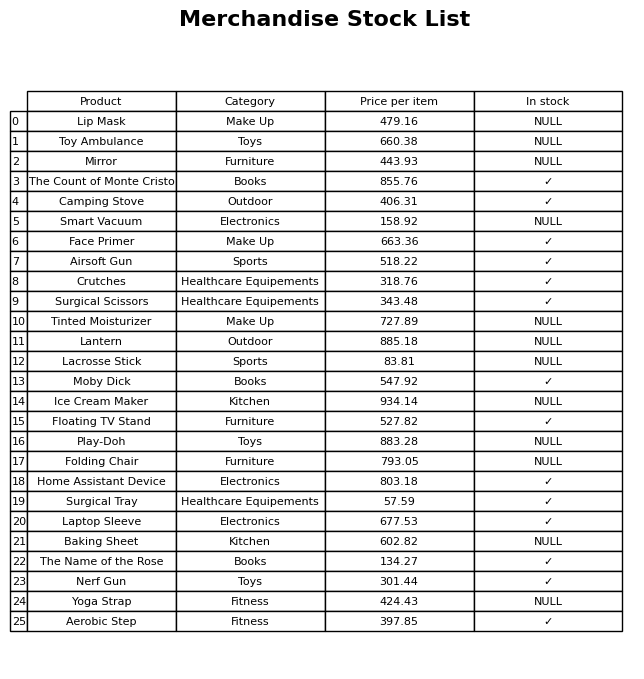
question: What is the price for Surgical Scissors?
answer: The price of Surgical Scissors is 343.48.